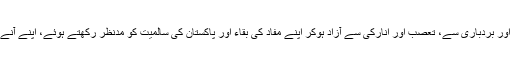
اب یقیناً وقت آن پہنچا ہے کہ ہم پاکستانی تحمل اور بردباری سے، تعصب اور انارکی سے آزاد ہوکر اپنے مفاد کی بقاء اور پاکستان کی سالمیت کو مدِنظر رکھتے ہوئے، اپنے آنے والے کل کا اپنی آنے والی نسل کا فیصلہ کریں۔